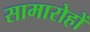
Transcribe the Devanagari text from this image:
सामारोहों